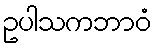
ဥပါသကဘာဝံ